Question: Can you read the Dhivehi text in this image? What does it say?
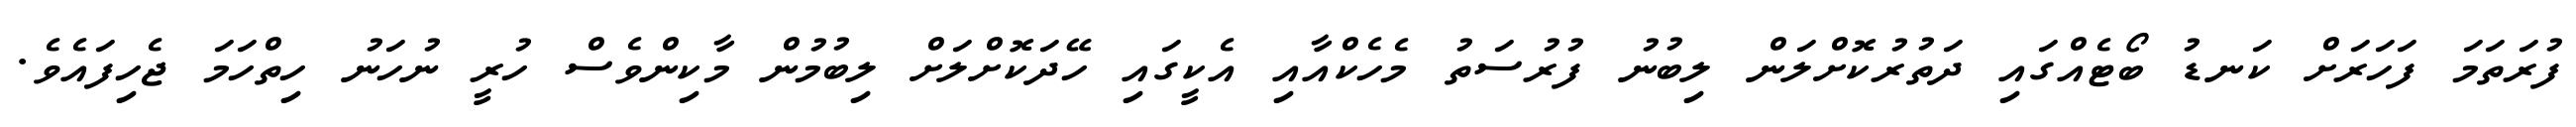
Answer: ފުރަތަމަ ފަހަރަށް ކަނޑު ބޯޓެއްގައި ދަތުރުކޮށްލަން ލިބުނު ފުރުސަތު މެހެކްއާއި އެކީގައި ހޭދަކޮށްލަށް ލިބުމުން މާކިންވެސް ހުރީ ނުހަނު ހިތްހަމަ ޖެހިފައެވެ.